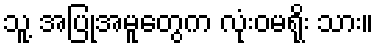
သူ့ အပြုအမူတွေက လုံးဝမရိုး သား။